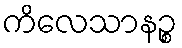
ကိလေသာနဉ္စ